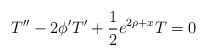
\begin{align*}T'' -2\phi' T' + \frac{1}{2}e^{2\rho+x} T=0 \end{align*}